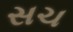
સચ